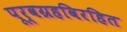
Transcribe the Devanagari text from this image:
पूर्वग्रहविरहित